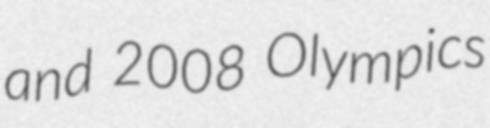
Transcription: and 2008 Olympics